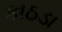
કાઠડા